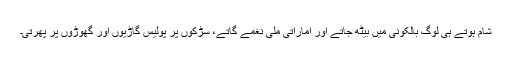
شام ہوتے ہی لوگ بالکونی میں بیٹھ جاتے اور اماراتی ملی نغمے گاتے، سڑکوں پر پولیس گاڑیوں اور گھوڑوں پر پھرتی۔